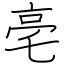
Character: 亳